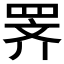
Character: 𫅅